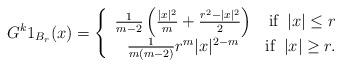
LaTeX: \begin{align*}G^k1_{B_r}(x)=\left\{\begin{array}{cr}\frac{1}{m-2}\left(\frac{|x|^2}{m}+\frac{r^2-|x|^2}{2}\right)&\textrm{if}\;\; |x|\leq r\\ \frac{1}{m(m-2)}r^m|x|^{2-m}&\textrm{if}\;\; |x|\geq r.\end{array}\right.\end{align*}